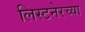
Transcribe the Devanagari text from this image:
लिस्टनेरच्या